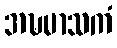
အဍ္ဎမာသကံ